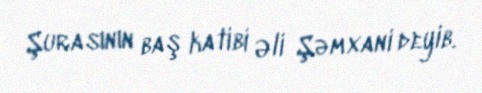
Şurasının baş katibi Əli Şəmxani deyib.